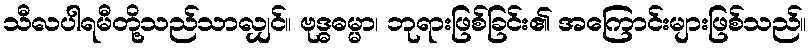
သီလပါရမီတို့သည်သာလျှင်။ ဗုဒ္ဓဓမ္မာ၊ ဘုရားဖြစ်ခြင်း၏ အကြောင်းများဖြစ်သည်။